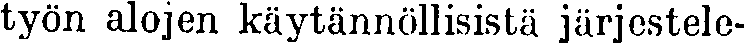
työn alojen käytännöllisistä järjestele-